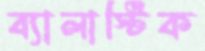
ব্যালাস্টিক